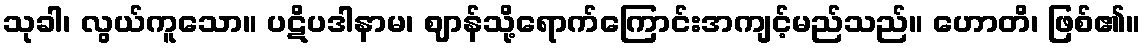
သုခါ၊ လွယ်ကူသော။ ပဋိပဒါနာမ၊ ဈာန်သို့ရောက်ကြောင်းအကျင့်မည်သည်။ ဟောတိ၊ ဖြစ်၏။